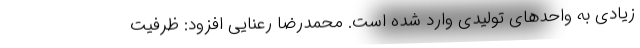
زیادی به واحدهای تولیدی وارد شده است. محمدرضا رعنایی افزود: ظرفیت